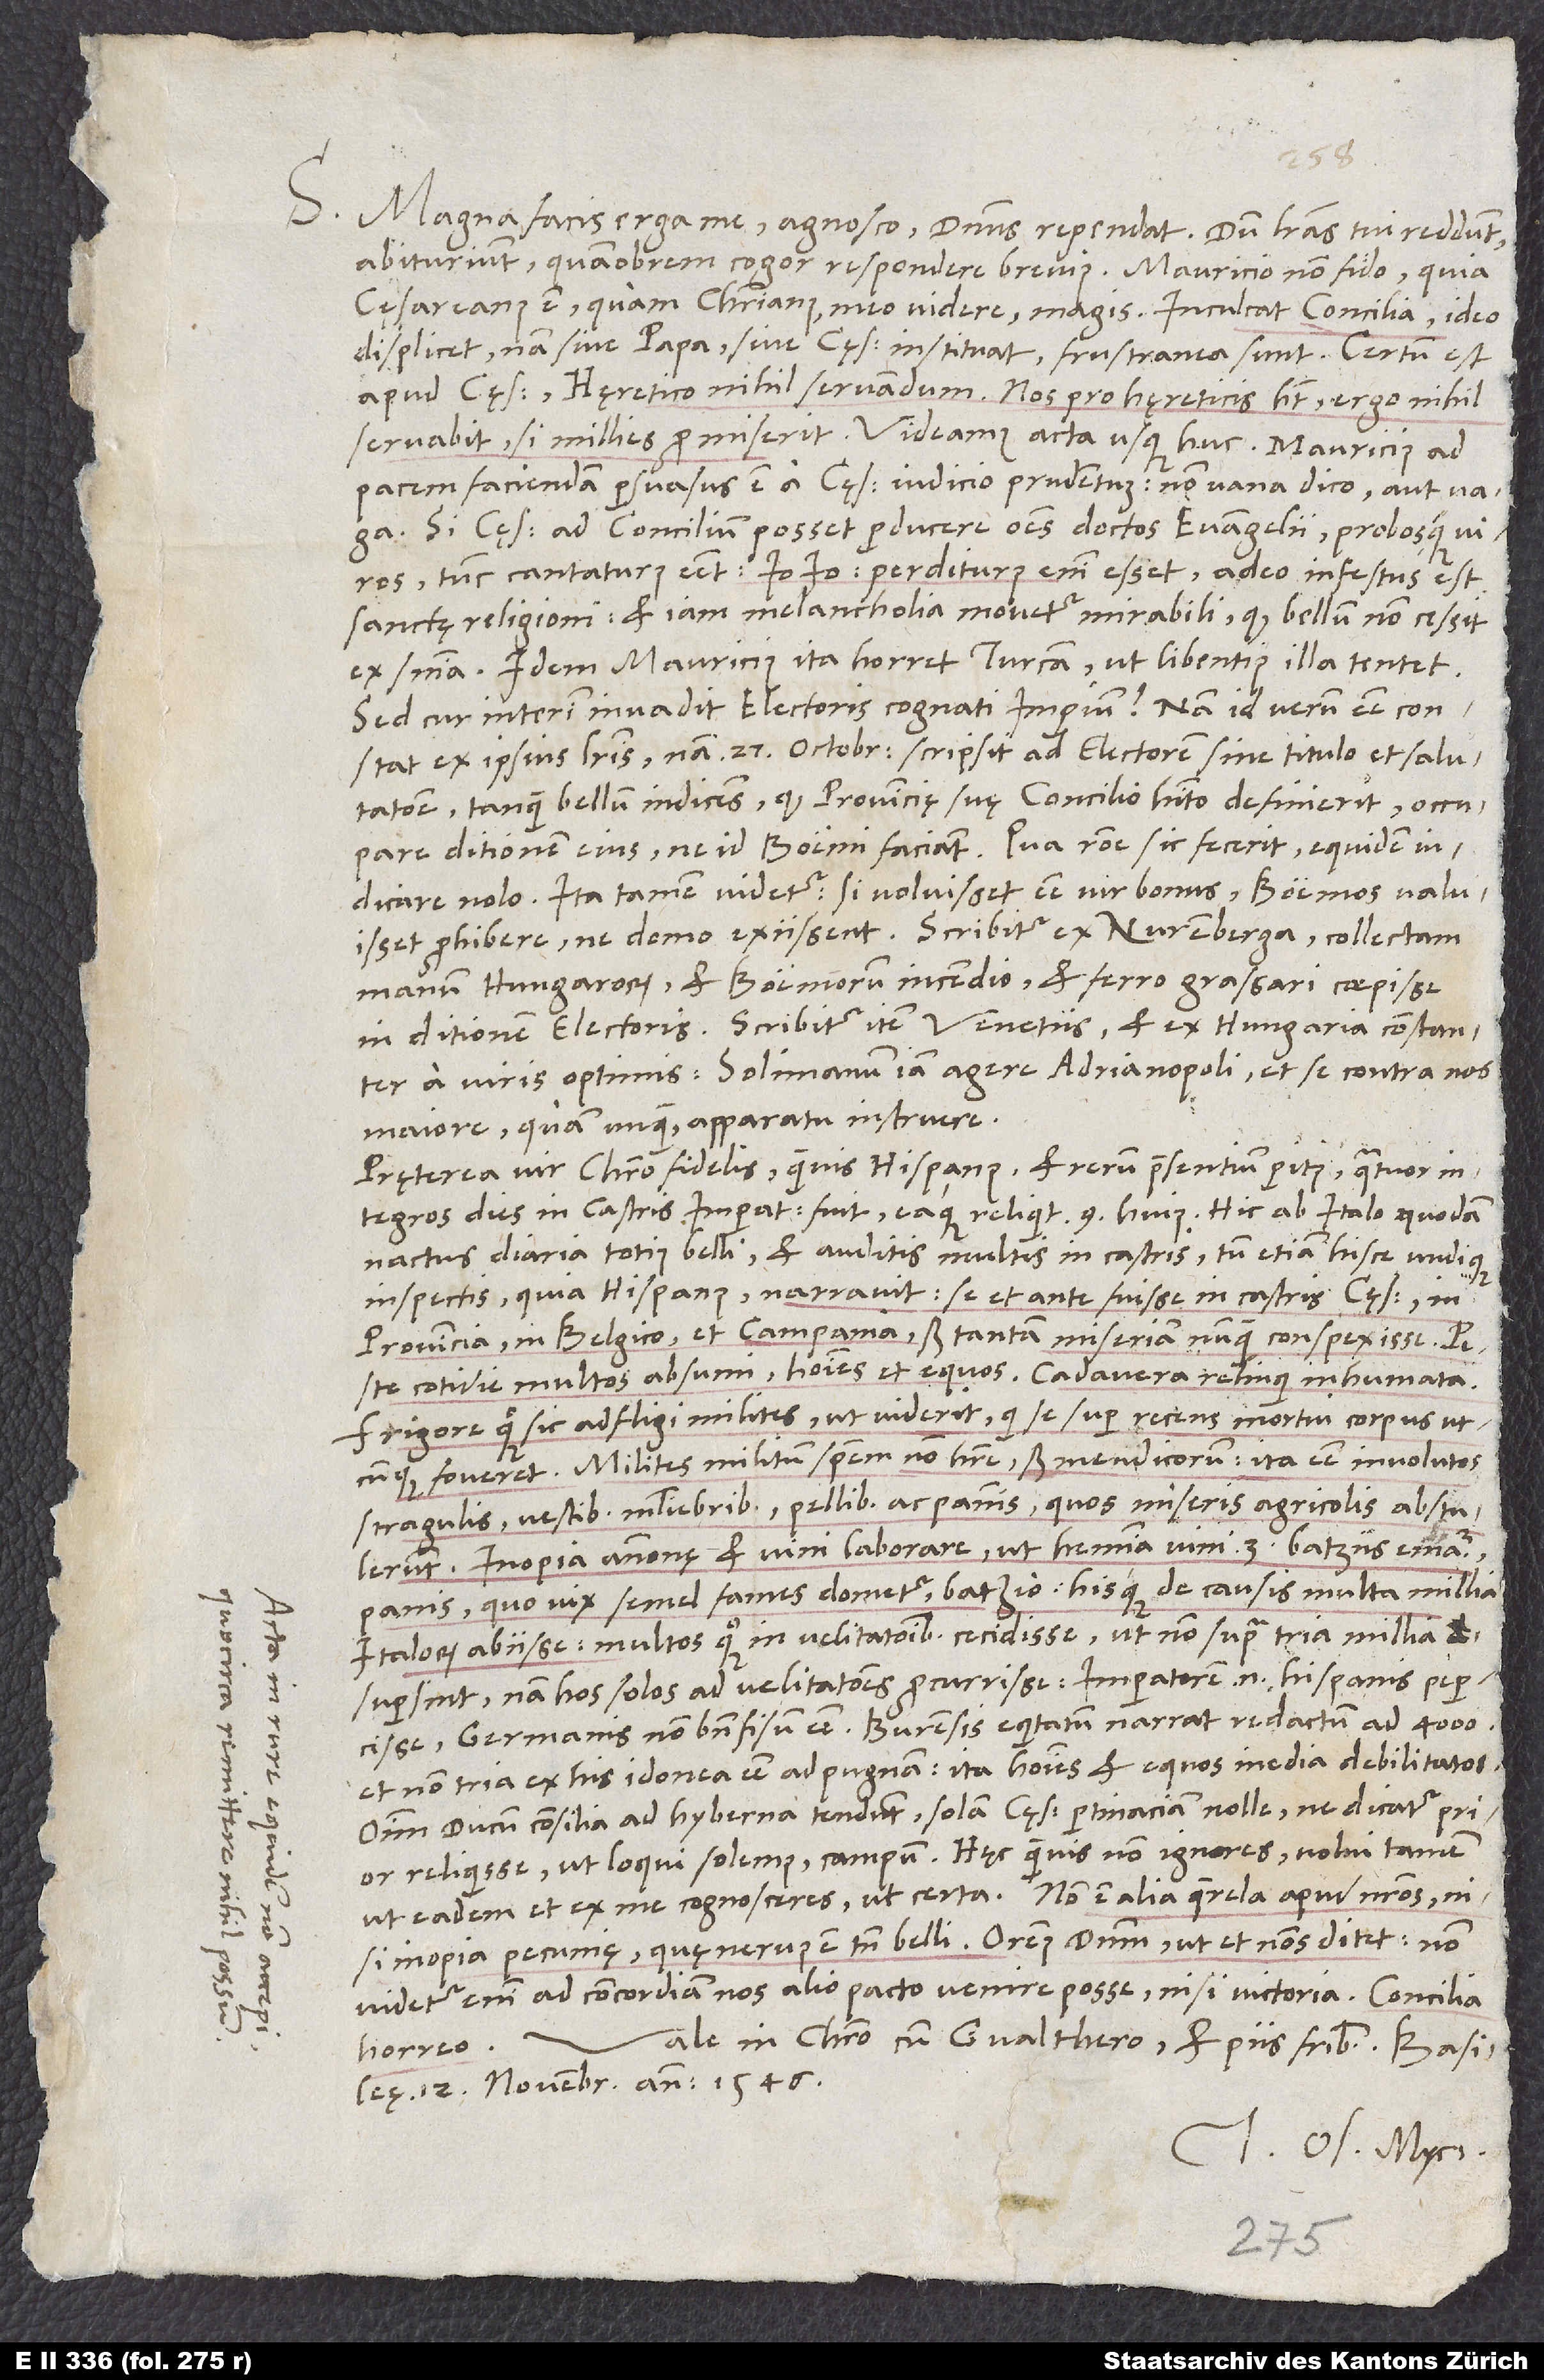
S. Magna facis erga me, agnosco. Dominus rependat! Dum literas tui reddunt,
cęsareanus est quam christianus (meo videre) magis. Inculcat concilia. Ideo
displicet; nam sive papa sive cęsar instituat, frustranea sunt. Certum est
apud cęsarem hęretico nihil servandum: Nos pro hęreticis habet; ergo nihil
servabit, si millies promiserit! Videamus acta usque huc. Mauricius ad
pacem faciendam persuasus est a cęsare iudicio prudentum. Non vana dico aut vaga.
Si cęsar ad concilium posset producere omnes doctos evangelii probosque viros,
tunc cantaturus esset: „Io, io!“ Perditurus enim esset, adeo infestus est
sanctę religioni et iam melanch olia movetur mirabili, quod bellum non cessit
ex sententia. Idem Mauricius ita horret Turcam, ut libentius illa tentet.
Sed cur interim invadit electoris cognati imperium? Nam id verum esse constat
ex ipsius literis; nam 27. octobris scripsit ad electorem sine titulo et salutatione,
tanquam bellum indicens, quod provincię suę concilio habito definierit occupare
ditionem eius, ne id Boemi faciant. Qua ratione sic fecerit, equidem
indicare nolo. Ita tamen videtur: Si voluisset esse vir bonus, Boemos valuisset
prohibere, ne domo exiissent. Scribitur ex Nuremberga collectam
manum Hungarorum et Boemorum incendio et ferro grassari coepisse
in ditionem electoris. Scribitur item Venetiis et ex Hungaria constanter
a viris optimis Solimanum iam agere Adrianopoli et se contra nos
maiore quam unquam apparatu instruere.
Pręterea vir Christo fidelis (quamvis Hispanus) et rerum praesentium peritus quatuor
integros dies in castris imperatoris fuit eaque reliquit 9. huius. Hic ab Italo quodam
nactus diaria totius belli et auditis multis in castris, tum etiam hisce undique
inspectis, quia Hispanus, narravit se et ante fuisse in castris cęsaris in
Provincia, in Belgico et Campania, sed tantam miseriam nunquam conspexisse. Peste
cotidie multos absumi homines et equos; cadavera relinqui inhumata;
frigore quoque sic adfligi milites, ut viderit, qui se super recens mortui corpus
utcunque foveret. Milites militum speciem non habere, sed mendicorum, ita esse involutos
stragulis, vestibus muliebribus, pellibus ac pannis, quos miseris agricolis abstulerunt.
Inopiam annonę et vini laborare, ut hemina vini 3 batziis ematur,
panis, quo vix semel fames dometur, batzio. Hisque de causis multa millia
Italorum abiis se; multos quoque in velitationibus cecidisse, ut non supra tria millia
supersint. Nam hos solos ad velitationes procurrisse, imperatorem enim Hispanis pepercisse,
Germanis non bene fisum esse. Burensis equitatum narrat redactum ad 4’000,
et non tria ex his idonea esse ad pugnam; ita homines et equos inedia debilitatos.
Omnium ducum consilia ad hyberna tendunt; solam cęsaris pertinaciam nolle, ne dicatur prior
reliquisse (ut loqui solemus) campum. Hęc quamvis non ignores, volui tamen,
inopia pecunię, quę nervus est tamen belli. Oremus dominum, ut et nos ditet. Non
videtur enim ad concordiam nos alio pacto venire posse nisi victoria. Concilia
Vale in Christo cum Gvalthero et piis fratribus. Basileę,
horreo.
12. novembris anno 1546.